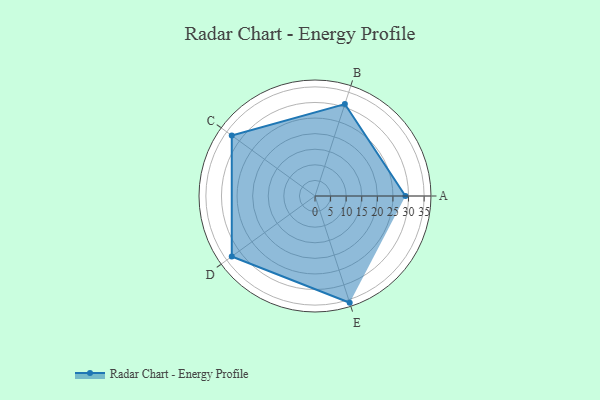
{"axis": {"x": "Skill", "y": "Score"}, "legend": ["Profile"], "data": [{"x": "A", "y": 29.0, "type": "Profile"}, {"x": "B", "y": 31.0, "type": "Profile"}, {"x": "C", "y": 33.0, "type": "Profile"}, {"x": "D", "y": 33.0, "type": "Profile"}, {"x": "E", "y": 36.0, "type": "Profile"}]}